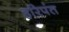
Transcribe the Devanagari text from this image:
हरिपंत